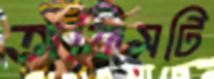
অফিসটি